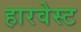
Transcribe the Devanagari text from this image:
हारवेस्ट